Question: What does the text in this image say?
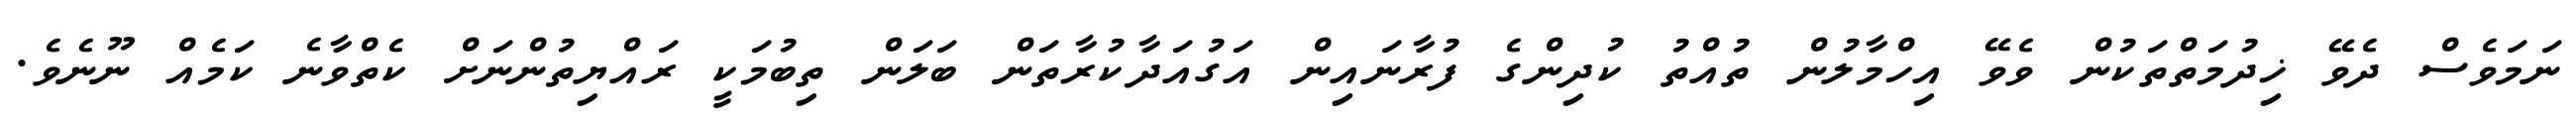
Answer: ނަމަވެސް ދެވޭ ޚިދުމަތްތަކުން ވެވޭ އިހްމާލުން ތުއްތު ކުދިންގެ ފުރާނައިން އަގުއަދާކުރާތަން ބަލަން ތިބުމަކީ ރައްޔިތުންނަށް ކެތްވާނެ ކަމެއް ނޫނެވެ.